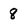
Character: 8